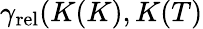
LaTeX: \gamma_{\mathrm{rel}}(K(K),K(T)